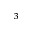
^ { 3 }